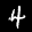
Label: 4